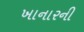
ખાનારની